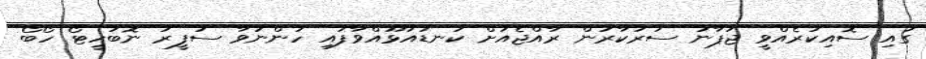
ގައި ސޮއިކުރެއްވީ ޖަޕާނު ސަރުކާރުން ރާއްޖެއަށް ކަނޑައަޅޫއްވާފައި ހުންނަވާ ސަފީރު ނޮބުހީޓޯ ހޯބޯ